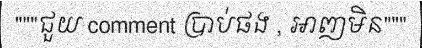
"""ជួយ comment ប្រាប់ផង , អាញមិន"""